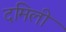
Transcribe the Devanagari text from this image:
दमिली